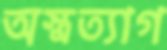
অস্ত্রত্যাগ